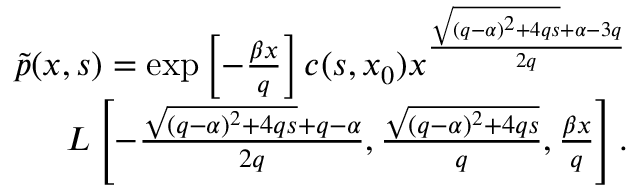
\begin{array} { r l r } & { } & { \tilde { p } ( x , s ) = \exp \left[ - \frac { \beta x } { q } \right] c ( s , x _ { 0 } ) x ^ { \frac { \sqrt { ( q - \alpha ) ^ { 2 } + 4 q s } + \alpha - 3 q } { 2 q } } } \\ & { } & { L \left[ - \frac { \sqrt { ( q - \alpha ) ^ { 2 } + 4 q s } + q - \alpha } { 2 q } , \frac { \sqrt { ( q - \alpha ) ^ { 2 } + 4 q s } } { q } , \frac { \beta x } { q } \right] . } \end{array}